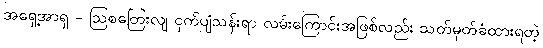
အရှေ့အာရှ - ဩစတြေးလျ ငှက်ပျံသန်းရာ လမ်းကြောင်းအဖြစ်လည်း သတ်မှတ်ခံထားရတဲ့